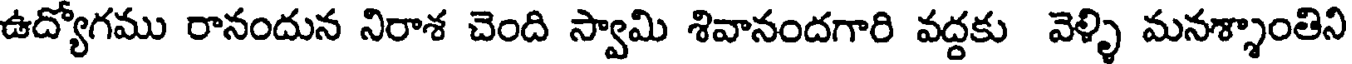
ఉద్యోగము రానందున నిరాశ చెంది స్వామి శివానందగారి వద్దకు వెళ్ళి మనశ్శాంతిని